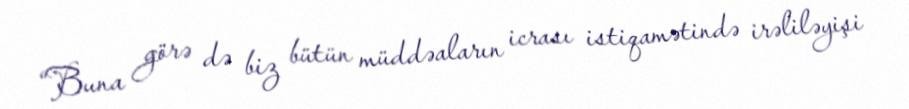
“Buna görə də biz bütün müddəaların icrası istiqamətində irəliləyişi